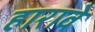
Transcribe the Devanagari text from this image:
हारावे